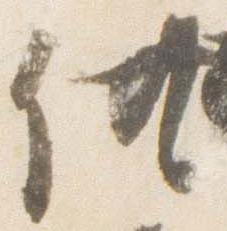
供